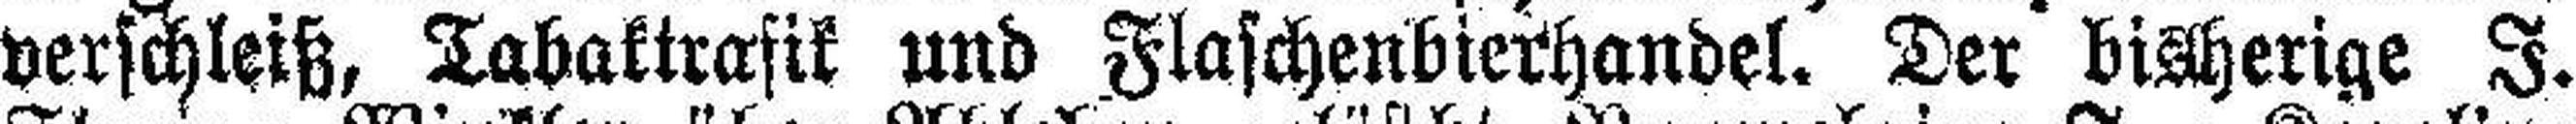
verschleiß, Tabaktrasik und Flaschenbierhandel. Der bisherige I.